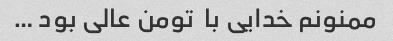
ممنونم خدایی با  تومن عالی بود …